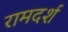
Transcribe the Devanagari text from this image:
रामदर्श